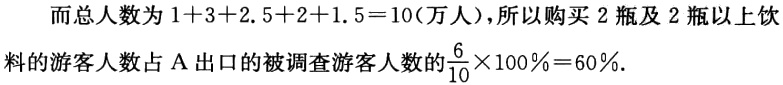
而总人数为 \(1 + 3+2.5 + 2 + 1.5 = 10\) (万人)，所以购买 \(2\) 瓶及 \(2\) 瓶以上饮料的游客人数占 \(A\) 出口的被调查游客人数的 \(\frac{6}{10}\times100\% = 60\%\).